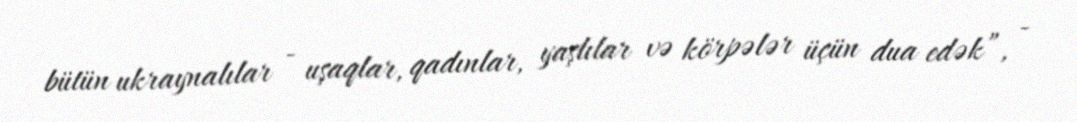
bütün ukraynalılar - uşaqlar, qadınlar, yaşlılar və körpələr üçün dua edək”, -